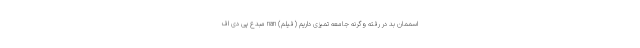
اسممان بد در رفته وگرنه جامعه تمیزی داریم (فیلم) nan مبدع پی دی اف